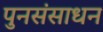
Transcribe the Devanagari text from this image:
पुनसंसाधन